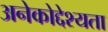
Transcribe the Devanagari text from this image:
अनेकोद्देश्यता